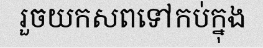
រួចយកសពទៅកប់ក្នុង